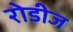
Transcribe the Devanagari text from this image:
रोडीज